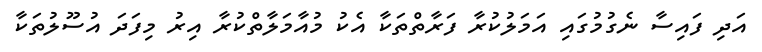
އަދި ފައިސާ ނެގުމުގައި އަމަލުކުރާ ފަރާތްތަކާ އެކު މުއާމަލާތްކުރާ އިރު މިފަދަ އުސޫލުތަކާ